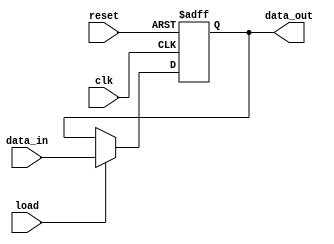
module register (
    input wire clk,
    input wire reset,
    input wire load,
    input wire [7:0] data_in,
    output reg [7:0] data_out
);

reg [7:0] stored_data;

always @(posedge clk or posedge reset) begin
    if (reset) begin
        stored_data <= 8'h00;
    end else if (load) begin
        stored_data <= data_in;
    end
end

assign data_out = stored_data;

endmodule